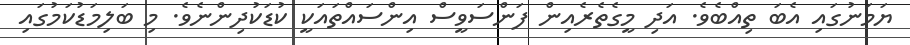
ޔަމަނުގައި އެބަ ތިއްބެވެ. އަދި މީގެތެރެއިން ފަންސަވީސް އިންސައްތައަކީ ކުޑަކުދިންނެވެ. މި ބަލިމަޑުކަމުގައި